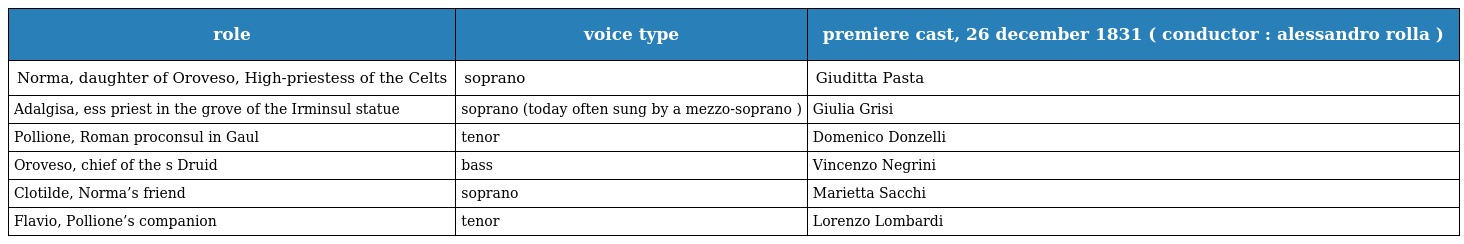
| role | voice type | premiere cast, 26 december 1831 ( conductor : alessandro rolla ) |
 | --- | --- | --- |
 | Norma, daughter of Oroveso, High-priestess of the Celts | soprano | Giuditta Pasta |
 | Adalgisa, ess priest in the grove of the Irminsul statue | soprano (today often sung by a mezzo-soprano ) | Giulia Grisi |
 | Pollione, Roman proconsul in Gaul | tenor | Domenico Donzelli |
 | Oroveso, chief of the s Druid | bass | Vincenzo Negrini |
 | Clotilde, Norma’s friend | soprano | Marietta Sacchi |
 | Flavio, Pollione’s companion | tenor | Lorenzo Lombardi |